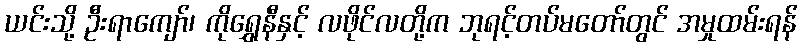
ယင်းသို့ ဦးရာကျော်၊ ကိုရွှေနီနှင့် လဖိုင်လတို့က ဘုရင့်တပ်မတော်တွင် အမှုထမ်းရန်